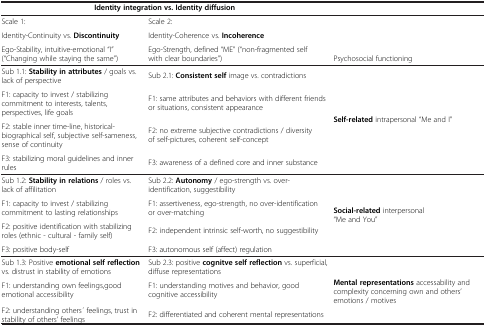
<table><thead><tr><td colspan="2"><b>Identity integration vs. Identity diffusion</b></td><td><b> </b></td></tr></thead><tbody><tr><td>Scale 1:</td><td>Scale 2:</td><td rowspan="3">Psychosocial functioning</td></tr><tr><td>Identity-Continuity vs. <b>Discontinuity</b></td><td>Identity-Coherence vs. <b>Incoherence</b></td></tr><tr><td>Ego-Stability, intuitive-emotional “I” (“Changing while staying the same”)</td><td>Ego-Strength, defined “ME” (“non-fragmented self with clear boundaries”)</td></tr><tr><td>Sub 1.1: <b>Stability in attributes</b> / goals vs. lack of perspective</td><td>Sub 2.1: <b>Consistent self</b> image vs. contradictions</td><td rowspan="4"><b>Self-related</b> intrapersonal “Me and I”</td></tr><tr><td>F1: capacity to invest / stabilizing commitment to interests, talents, perspectives, life goals</td><td>F1: same attributes and behaviors with different friends or situations, consistent appearance</td></tr><tr><td>F2: stable inner time-line, historical-biographical self, subjective self-sameness, sense of continuity</td><td>F2: no extreme subjective contradictions / diversity of self-pictures, coherent self-concept</td></tr><tr><td>F3: stabilizing moral guidelines and inner rules</td><td>F3: awareness of a defined core and inner substance</td></tr><tr><td>Sub 1.2: <b>Stability in relations</b> / roles vs. lack of affilitation</td><td>Sub 2.2: <b>Autonomy</b> / ego-strength vs. over-identification, suggestibility</td><td rowspan="4"><b>Social-related</b> interpersonal “Me and You”</td></tr><tr><td>F1: capacity to invest / stabilizing commitment to lasting relationships</td><td>F1: assertiveness, ego-strength, no over-identification or over-matching</td></tr><tr><td>F2: positive identification with stabilizing roles (ethnic - cultural - family self)</td><td>F2: independent intrinsic self-worth, no suggestibility</td></tr><tr><td>F3: positive body-self</td><td>F3: autonomous self (affect) regulation</td></tr><tr><td>Sub 1.3: Positive <b>emotional self reflection</b> vs. distrust in stability of emotions</td><td>Sub 2.3: positive <b>cognitve self reflection</b> vs. superficial, diffuse representations</td><td rowspan="3"><b>Mental representations</b> accessability and complexity concerning own and others’ emotions / motives</td></tr><tr><td>F1: understanding own feelings,good emotional accessibility</td><td>F1: understanding motives and behavior, good cognitive accessibility</td></tr><tr><td>F2: understanding others ́ feelings, trust in stability of others’ feelings</td><td>F2: differentiated and coherent mental representations</td></tr></tbody></table>